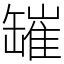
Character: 𦉎